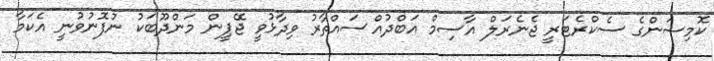
ކޮމިޝަންގެ ސެކްރެޓަރީ ޖެނެރަލް އާސިމް އަބްދުއްސައްތާރު ވިދާޅުވީ ޖޭޕީން މަންދޫބަކު ނުފޮނުވުނީ އެކަމާ